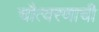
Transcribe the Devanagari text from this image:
चौत्वरणाची